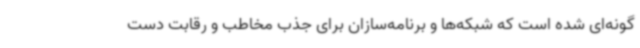
گونه‌ای شده است که شبکه‌ها و برنامه‌سازان برای جذب مخاطب و رقابت دست